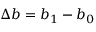
\Delta b = b _ { 1 } - b _ { 0 }